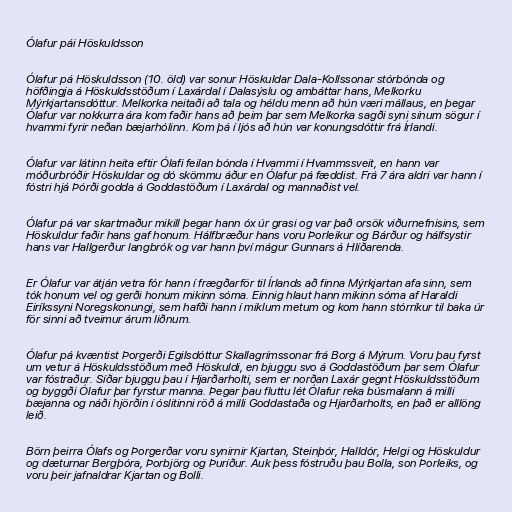
Ólafur pái Höskuldsson

Ólafur pá Höskuldsson (10. öld) var sonur Höskuldar Dala-Kollssonar stórbónda og
höfðingja á Höskuldsstöðum í Laxárdal í Dalasýslu og ambáttar hans, Melkorku
Mýrkjartansdóttur. Melkorka neitaði að tala og héldu menn að hún væri mállaus, en þegar
Ólafur var nokkurra ára kom faðir hans að þeim þar sem Melkorka sagði syni sínum sögur í
hvammi fyrir neðan bæjarhólinn. Kom þá í ljós að hún var konungsdóttir frá Írlandi.

Ólafur var látinn heita eftir Ólafi feilan bónda í Hvammi í Hvammssveit, en hann var
móðurbróðir Höskuldar og dó skömmu áður en Ólafur pá fæddist. Frá 7 ára aldri var hann í
fóstri hjá Þórði godda á Goddastöðum í Laxárdal og mannaðist vel.

Ólafur pá var skartmaður mikill þegar hann óx úr grasi og var það orsök viðurnefnisins, sem
Höskuldur faðir hans gaf honum. Hálfbræður hans voru Þorleikur og Bárður og hálfsystir
hans var Hallgerður langbrók og var hann því mágur Gunnars á Hlíðarenda.

Er Ólafur var átján vetra fór hann í frægðarför til Írlands að finna Mýrkjartan afa sinn, sem
tók honum vel og gerði honum mikinn sóma. Einnig hlaut hann mikinn sóma af Haraldi
Eiríkssyni Noregskonungi, sem hafði hann í miklum metum og kom hann stórríkur til baka úr
för sinni að tveimur árum liðnum.

Ólafur pá kvæntist Þorgerði Egilsdóttur Skallagrímssonar frá Borg á Mýrum. Voru þau fyrst
um vetur á Höskuldsstöðum með Höskuldi, en bjuggu svo á Goddastöðum þar sem Ólafur
var fóstraður. Síðar bjuggu þau í Hjarðarholti, sem er norðan Laxár gegnt Höskuldsstöðum
og byggði Ólafur þar fyrstur manna. Þegar þau fluttu lét Ólafur reka búsmalann á milli
bæjanna og náði hjörðin í óslitinni röð á milli Goddastaða og Hjarðarholts, en það er alllöng
leið.

Börn þeirra Ólafs og Þorgerðar voru synirnir Kjartan, Steinþór, Halldór, Helgi og Höskuldur
og dæturnar Bergþóra, Þorbjörg og Þuríður. Auk þess fóstruðu þau Bolla, son Þorleiks, og
voru þeir jafnaldrar Kjartan og Bolli.